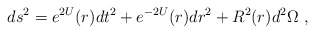
\begin{align*}ds^2 = e^{2U}(r) dt^2 + e^{-2U}(r) dr^2 + R^2 (r) d^2 \Omega \ ,\end{align*}